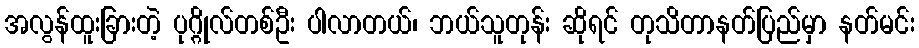
အလွန်ထူးခြားတဲ့ ပုဂ္ဂိုလ်တစ်ဦး ပါလာတယ်၊ ဘယ်သူတုန်း ဆိုရင် တုသိတာနတ်ပြည်မှာ နတ်မင်း